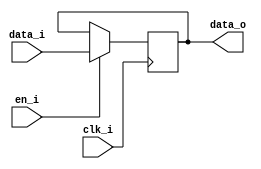
// This program was cloned from: https://github.com/NYU-MLDA/OpenABC
// License: BSD 3-Clause "New" or "Revised" License

module bsg_dff_en_width_p1
(
  clk_i,
  data_i,
  en_i,
  data_o
);

  input [0:0] data_i;
  output [0:0] data_o;
  input clk_i;
  input en_i;
  wire [0:0] data_o;
  reg data_o_0_sv2v_reg;
  assign data_o[0] = data_o_0_sv2v_reg;

  always @(posedge clk_i) begin
    if(en_i) begin
      data_o_0_sv2v_reg <= data_i[0];
    end 
  end


endmodule